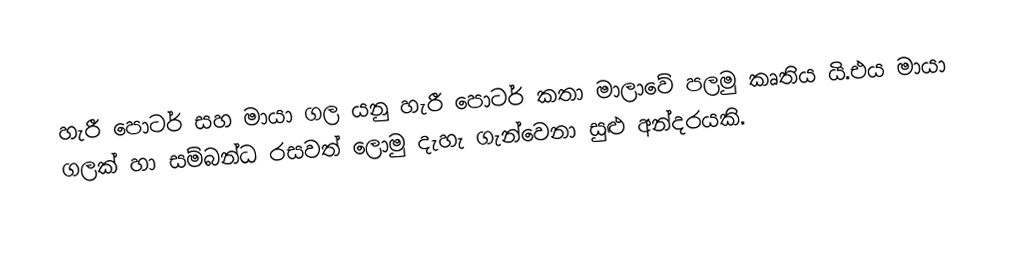
හැරී පොටර් සහ මායා ගල යනු හැරී පොටර් කතා මාලාවේ පලමු කෘතිය යි.එය මායා ගලක් හා සම්බන්ධ රසවත් ලොමු දැහැ ගැන්වෙනා සුළු අන්දරයකි.